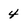
Character: 4